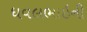
ધવલભાઇની